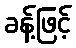
ခန့်ဖြင့်